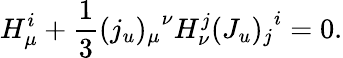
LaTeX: H_{\mu}^{i}+{\frac{1}{3}}{(j_{u})_{\mu}}^{\nu}H_{\nu}^{j}{(J_{u})_{j}}^{i}=0.